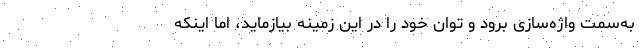
به‌سمت واژه‌سازی برود و توان خود را در این زمینه بیازماید، اما اینکه